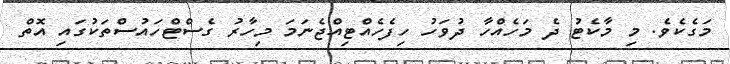
މަގެކެވެ. މި މާކެޓު ދެ މަހެއްހާ ދުވަހު ހިފެހެއްޓިއްޖެނަމަ މިހާރު ގެސްޓްހައުސްތަކުގައި އޮތް